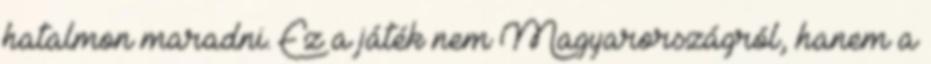
hatalmon maradni. Ez a játék nem Magyarországról, hanem a